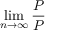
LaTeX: \operatorname* { l i m } _ { n \to \infty } { \frac { P } { P } }